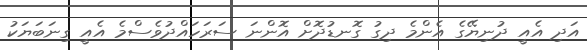
އަދި އެއީ ދުނިޔޭގެ އެންމެ ދިގު ގޮނޑުދޮށް އޮންނަ ސަރަހައްދުވެސްމެ އެއީ ގިނަބަޔަކު